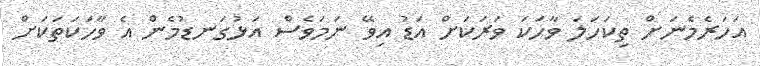
އަހަރެމެނަށް ތިކަހަލަ ވާހަކަ ވަރަކަށް އަޑު އިވޭ ނަމަވެސް އަޅުގަނޑުމެން އެ ވާހަކަތަކަށް